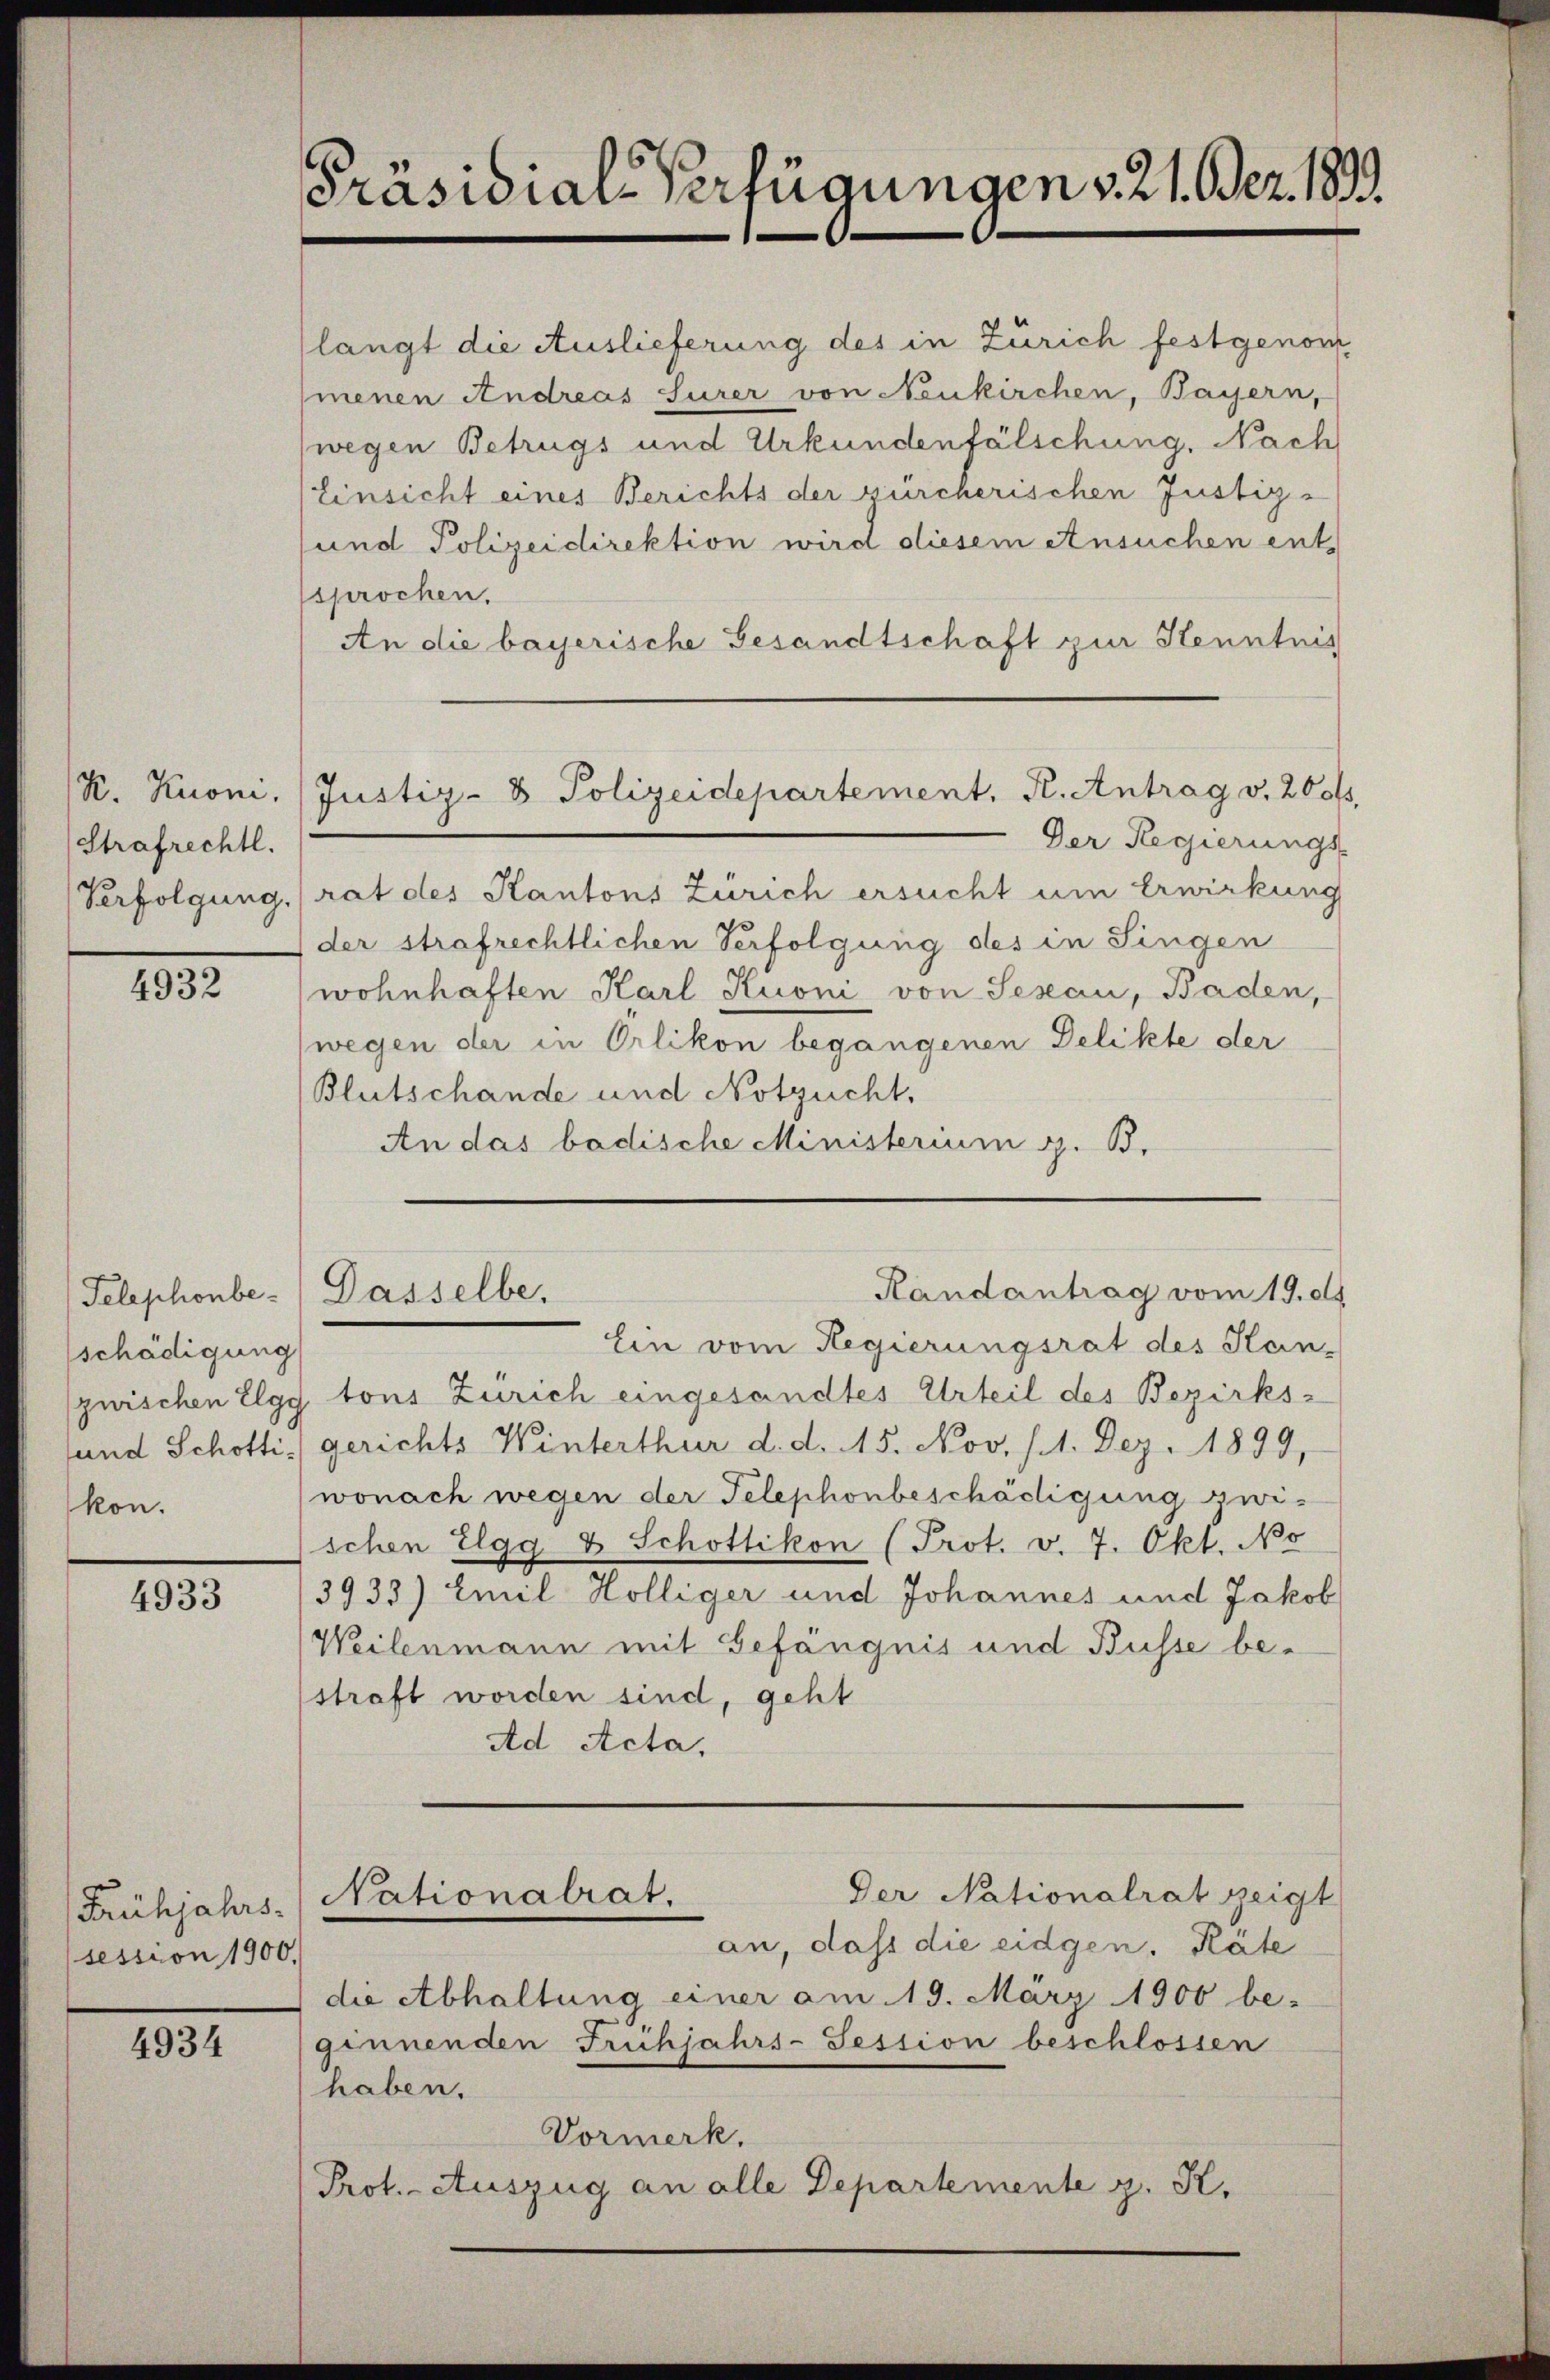
Strafrechtl.

4932

schädigung
kon.

4933

Frühjahrs-
session 1900.

4934

Präsidial-Verfügungen v. 21. Bez. 1899.

(langt die Auslieferung des in Zürich festgenom
menen Andreas Surer von Neukirchen, Bayern,
wegen Betrugs und Urkundenfälschung. Nach
Einsicht eines Berichts der zürcherischen Justiz-
und Polizeidirektion wird diesem Ansuchen ent
sprochen.
An die bayerische Gesandtschaft zur Kenntnis
K. Kuoni, Justiz- & Polizeidepartement. K. Antrag v. 200,
Der Regierungs-
Verfolgung, rat des Kantons Zürich ersucht um Erwirkung
der strafrechtlichen Verfolgung des in Singen
wohnhaften Karl Kuoni von Sezau, Baden,
wegen der in Orlikon begangenen Delikte der
Blutschande und Notzucht.
An das badische Ministerium z. B.

Telephonbe- Dasselbe,

Randantrag vom 19. ds.

Ein vom Regierungsrat des Stan-
zwischen Elgg tons Zürich eingesandtes Urteil des Bezirks-
sund Schotti gerichts Winterthur d. d. 15. Nov. 11. Dez. 1899,
wonach wegen der Telephonbeschädigung zwischen Elgg & Schottikon (Prot. v. 7. Okt. No
3933) Emil Hölliger und Johannes und Jakob
Weilenmann mit Gefängnis und Busse bestraft worden sind, geht
Ad Acta,
Der Nationalrat zeigt
Nationalrat.
an, dass die eidgen. Räte
die Abhaltung einer am 19. März 1900 be-
ginnenden Frühjahrs-Session beschlossen
haben.
Vormerk.
Prot. Auszug an alle Departemente z. S.